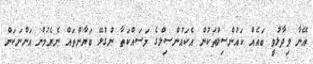
އޭނާ ވިދާޅުވީ ބައެއް ކައުންސިލްތަކުން އެކައުންސިލްގެ މަސައްކަތާ ނުގުޅޭ ބަޔާންތައް ނެރެމުން އަންނަކަން